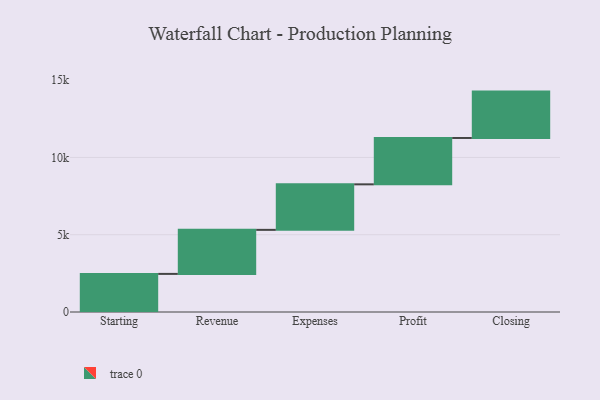
{"axis": {"x": "Step", "y": "Value"}, "legend": [""], "data": [{"x": "Starting", "y": 2465.0, "type": ""}, {"x": "Revenue", "y": 2849.0, "type": ""}, {"x": "Expenses", "y": 2945.0, "type": ""}, {"x": "Profit", "y": 3000, "type": ""}, {"x": "Closing", "y": 3000, "type": ""}]}